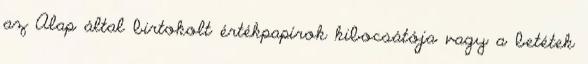
az Alap által birtokolt értékpapírok kibocsátója vagy a betétek